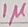
Text: 1µ